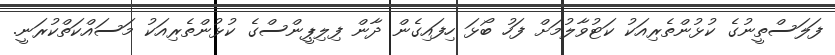
ފަލަސްތީނުގެ ކުޅުންތެރިއަކު ކަޓުވާލުމަށް ފަހު ބޯޅަ ހިފައިގެން ދާން ފިލިޕީންސްގެ ކުޅުންތެރިއަކު މަސައްކަތްކުރަނީ.